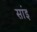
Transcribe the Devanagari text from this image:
सांइ